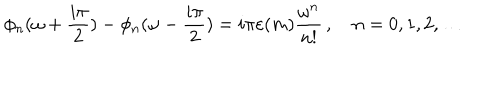
\phi _ { n } ( \omega + \frac { i \pi } { 2 } ) - \phi _ { n } ( \omega - \frac { i \pi } { 2 } ) = i \pi \varepsilon ( m ) \frac { \omega ^ { n } } { n ! } \, , \quad n = 0 , 1 , 2 , \dots